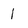
Character: 1